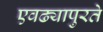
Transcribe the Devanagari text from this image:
एवढ्यापुरते